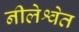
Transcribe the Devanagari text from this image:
नीलेश्वेत